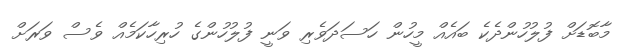
މާބޮޑަށް ފުލުހުންދެކެ ބައެއް މީހުން ހަސަދަވެރި ވަނީ ފުލުހުންގެ ހުރިހާކަމެއް ވެސް ވަރަށް